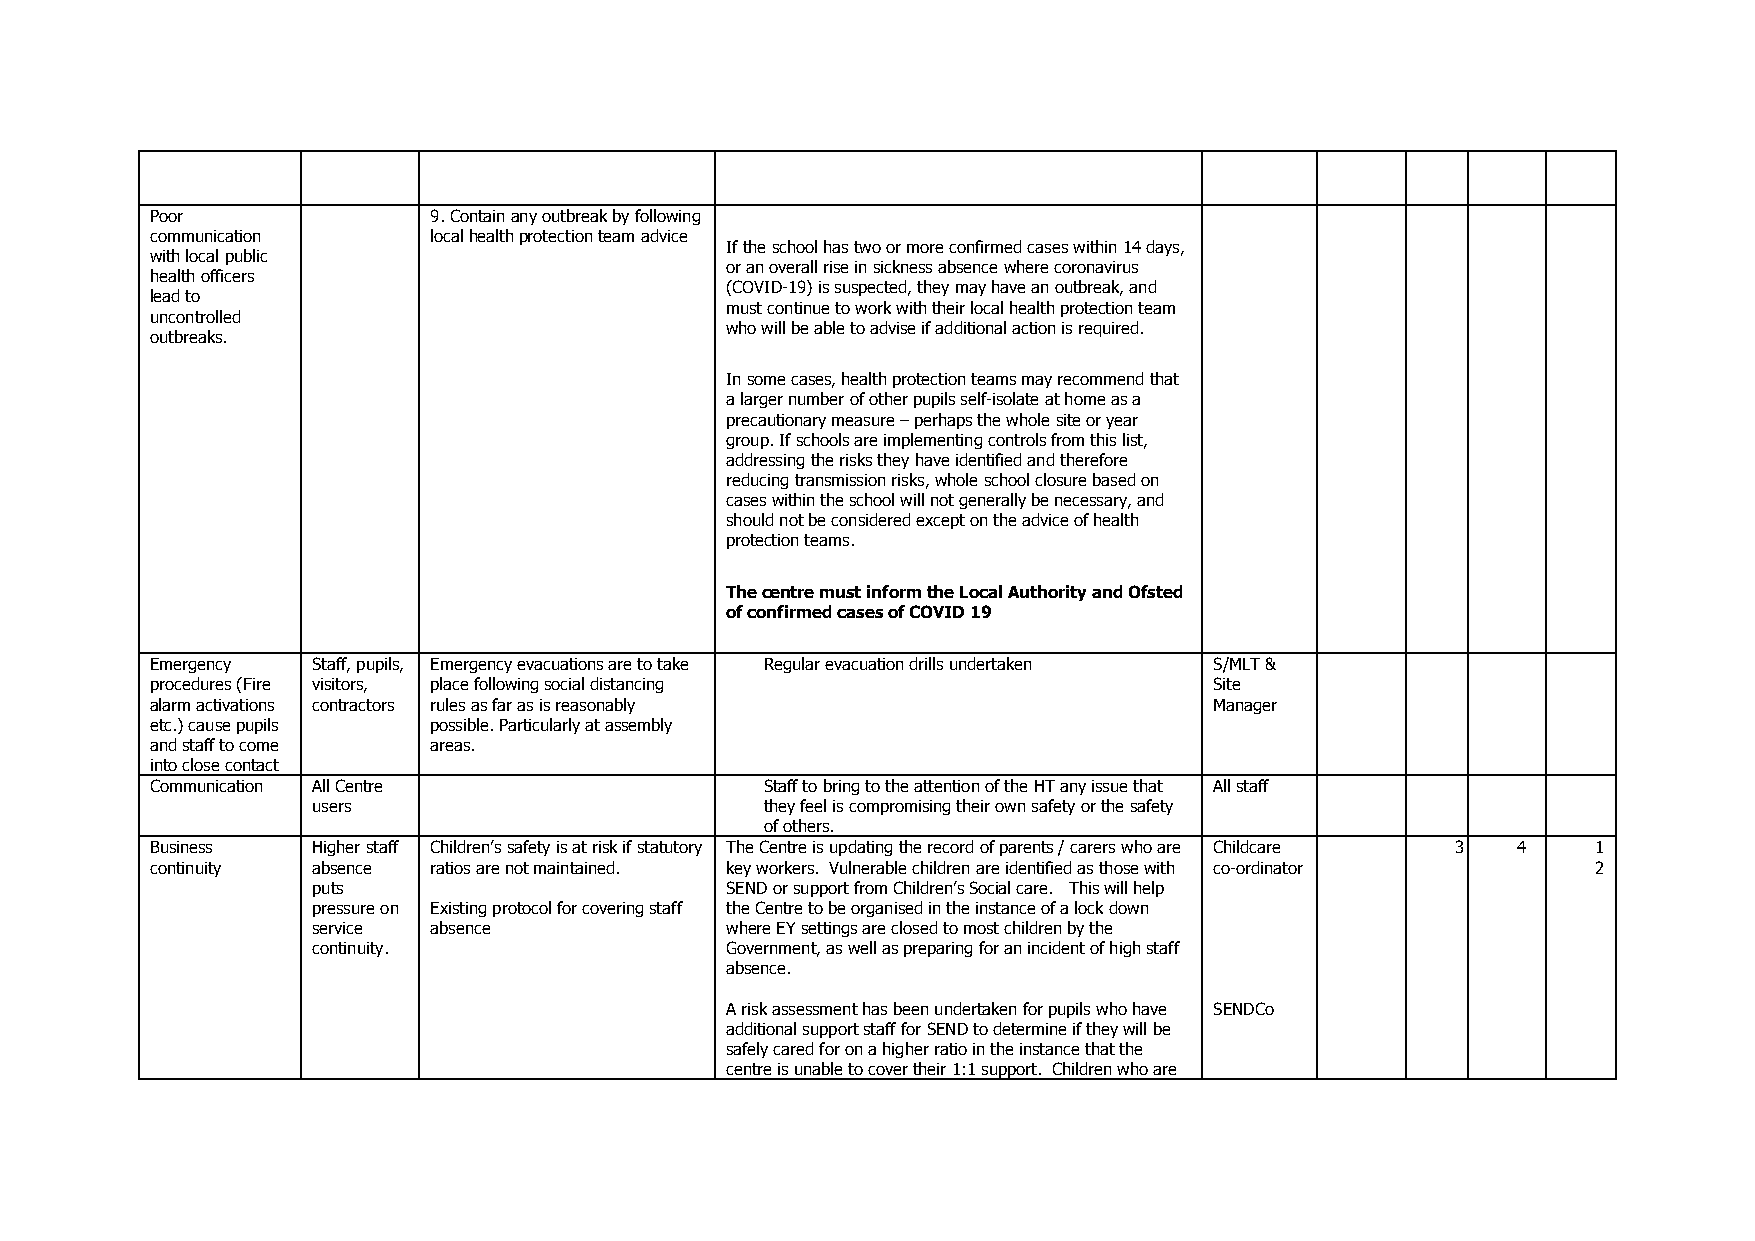
Poor              9. Contain any outbreak by following
 communication     local health protection team advice
 If the school has two or more confirmed cases within 14 days,
 with local public
 or an overall rise in sickness absence where coronavirus
 health officers
 (COVID-19) is suspected, they may have an outbreak, and
 lead to
 must continue to work with their local health protection team
 uncontrolled
 who will be able to advise if additional action is required.
 outbreaks.
 In some cases, health protection teams may recommend that
 a larger number of other pupils self-isolate at home as a
 precautionary measure – perhaps the whole site or year
 group. If schools are implementing controls from this list,
 addressing the risks they have identified and therefore
 reducing transmission risks, whole school closure based on
 cases within the school will not generally be necessary, and
 should not be considered except on the advice of health
 protection teams.
 The centre must inform the Local Authority and Ofsted
 of confirmed cases of COVID 19
 Emergency  Staff, pupils, Emergency evacuations are to take Regular evacuation drills undertaken S/MLT &
 procedures (Fire visitors, place following social distancing          Site
 alarm activations contractors rules as far as is reasonably           Manager
 etc.) cause pupils possible. Particularly at assembly
 and staff to come areas.
 into close contact
 Communication All Centre                 Staff to bring to the attention of the HT any issue that All staff
 users                         they feel is compromising their own safety or the safety
 of others.
 Business   Higher staff Children’s safety is at risk if statutory The Centre is updating the record of parents / carers who are Childcare 3 4 1
 continuity absence ratios are not maintained. key workers. Vulnerable children are identified as those with co-ordinator 2
 puts                       SEND or support from Children’s Social care. This will help
 pressure on Existing protocol for covering staff the Centre to be organised in the instance of a lock down
 service absence            where EY settings are closed to most children by the
 continuity.                Government, as well as preparing for an incident of high staff
 absence.
 A risk assessment has been undertaken for pupils who have SENDCo
 additional support staff for SEND to determine if they will be
 safely cared for on a higher ratio in the instance that the
 centre is unable to cover their 1:1 support. Children who are